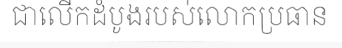
ជាលើកដំបូងរបស់លោកប្រធាន